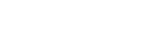
၃၁၀၀၀တည်းပါ။